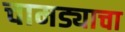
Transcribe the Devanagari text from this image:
चामड्याचा